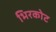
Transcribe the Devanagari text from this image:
भिरकोट